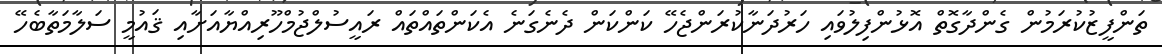
ތަންފީޒުކުރަމުން ގެންދާގޮތް އޮޅުންފިލުވައި ހަރުދަނާކުރަންޖެހޭ ކަންކަން ދެނެގަނެ އެކަންތައްތައް ރައީސުލްޖުމްހޫރިއްޔާއަށާއި ޤައުމީ ސަލާމަތާބެހޭ